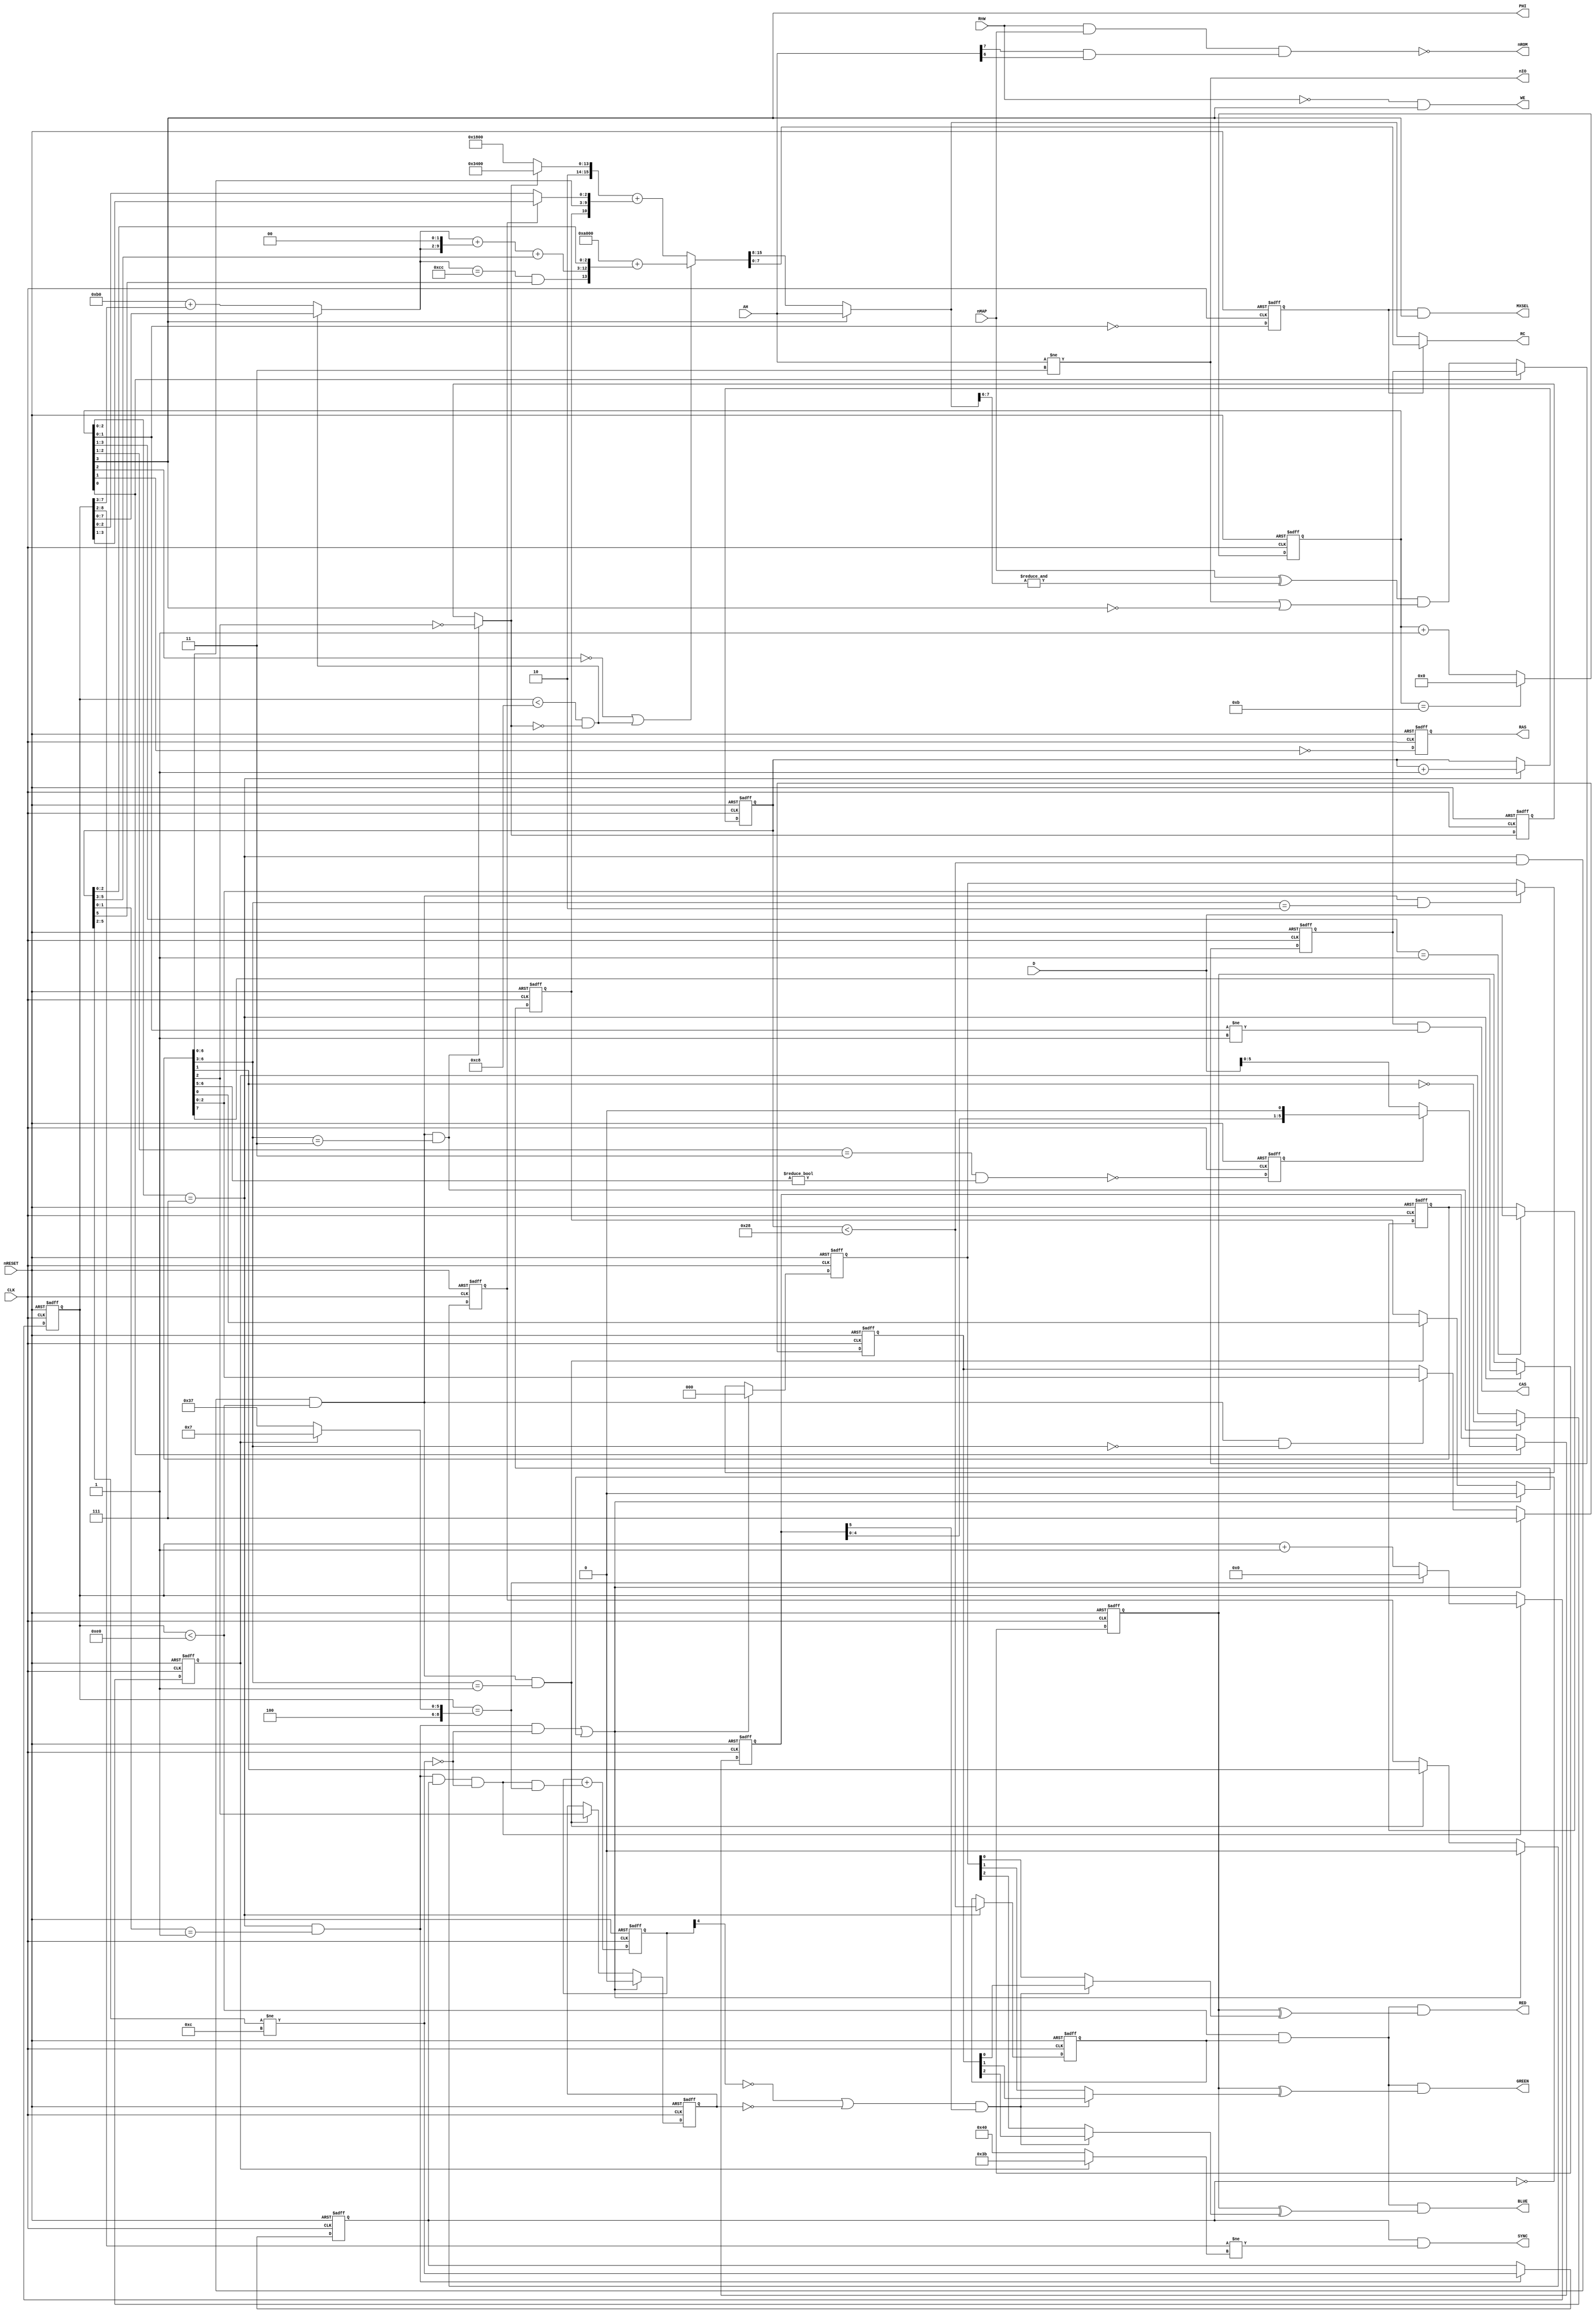
//----------------------------------------------------------------------------
//
//  Oric ULA
//
//  Copyright (c) 2023 Erik Persson
//
//----------------------------------------------------------------------------

module oric_ula
(
  input  wire       CLK,    // 12 MHz clock
  input  wire       nRESET, // Asynchronous reset
  input  wire [7:0] AH,     // Address bits 15:8 from 6502
  input  wire [7:0] D,      // Data bus
  input  wire       RnW,    // 6502 read signal indicator
  input  wire       nMAP,   // From expansion bus
  output wire [7:0] RC,     // Row/column address to 4164 RAMs
  output wire       MXSEL,  // DRAM mux select
  output wire       nROM,   // ROM chip select
  output wire       PHI,    // Output clock
  output wire       CAS,    // DRAM Column Access Strobe, active high
  output wire       RAS,    // DRAM Row Access Strobe, active high
  output wire       WE,     // DRAM Write Enable, active high
  output wire       nIO,    // 6522 chip select
  output wire       SYNC,   // Composite sync signal
  output wire       RED,    // Red video output
  output wire       GREEN,  // Green video output
  output wire       BLUE    // Blue video output
);

  // Counters
  reg  [3:0]  rg_cnt;
  reg  [5:0]  rg_hcnt;
  reg         rg_hsync;
  reg  [8:0]  rg_vcnt;
  reg  [4:0]  rg_fcnt;
  wire        nx_hsync;
  wire        en_hsync;
  wire        en_hcnt;
  wire        en_vcnt;
  wire        vcnt_wrap;
  wire        vsync;

  // Memory addressing
  reg         rg_alow;
  reg         rg_ras;
  reg         rg_casa;
  wire        hires_line;
  wire        nx_casa;
  wire        en_casa;
  wire [7:0]  row;
  wire        overflow;
  wire [15:0] a_dma0;
  wire [15:0] a_dma1;
  wire [15:0] a_dma;
  wire [7:0]  ah_out;

  // Data capture
  reg  [7:0]  rg_dbuf;
  reg  [5:0]  rg_shift;
  reg         rg_sload_n;
  wire [7:0]  nx_dbuf;
  wire        en_dbuf;
  wire        nx_sload_n;
  wire [5:0]  nx_shift;

  // Video
  reg         rg_mode_60hz;
  reg         rg_mode_text;
  reg         rg_attr_alt;
  reg         rg_attr_tall;
  reg         rg_attr_blink;
  reg  [2:0]  rg_ink;
  reg  [2:0]  rg_paper;
  reg         rg_invert;
  reg         rg_hactive;
  wire        en_ctrl;
  wire        en_mode;
  wire        nx_mode_60hz;
  wire        nx_mode_text;
  wire        en_attr;
  wire        en_ink;
  wire        en_paper;
  wire        attr_reset;
  wire        nx_attr_alt;
  wire        nx_attr_tall;
  wire        nx_attr_blink;
  wire [2:0]  nx_ink;
  wire [2:0]  nx_paper;
  wire        nx_invert;
  wire        hactive;
  wire        vactive;
  wire        active;
  wire        nx_hactive;
  wire        blink_pixel;

  //--------------------------------------------------------------------------
  // Counters
  //--------------------------------------------------------------------------

  assign en_hcnt   = rg_cnt[2:0] == 3'd7;
  assign en_hsync  = en_hcnt && rg_hcnt[1:0] == 2'd1; // opposite phase wrt rg_hcnt[2]
  assign nx_hsync  = rg_hcnt[5:2] != 4'b1100;
  assign en_vcnt   = en_hsync && rg_hsync && !nx_hsync;
  assign vcnt_wrap = rg_vcnt == (rg_mode_60hz ? 9'd263 : 9'd311);
  assign vsync     = rg_vcnt[8:2] != (rg_mode_60hz ? 7'd59 : 7'd64);

  always @(posedge CLK or negedge nRESET)
    if (!nRESET) begin
      rg_cnt   <= 4'b0;
      rg_hcnt  <= 6'd0;
      rg_hsync <= 1'b0;
      rg_vcnt  <= 9'd0;
      rg_fcnt  <= 5'd1;
    end else begin
      rg_cnt   <= rg_cnt == 4'd11 ? 4'd0 : rg_cnt + 1'b1;
      rg_hcnt  <= en_hcnt ? rg_hcnt + 1'b1 : rg_hcnt;
      rg_hsync <= en_hsync ? nx_hsync : rg_hsync;
      rg_vcnt  <= !en_vcnt ? rg_vcnt :
                  vcnt_wrap ? 9'd0 :
                  rg_vcnt + 1'b1;
      rg_fcnt  <= rg_fcnt + (en_vcnt && vcnt_wrap);
    end

  //--------------------------------------------------------------------------
  // Memory addressing
  //--------------------------------------------------------------------------

  assign hires_line = rg_vcnt < 9'd200 && !nx_mode_text;

  assign row = hires_line ? rg_vcnt[7:0] : 8'hb0 + rg_vcnt[7:3];

  // Condition for when DMA address 0 overflows from 0xbfff to 0xc000
  // Occurs on rg_vcnt[7:3]=28 (just off screen), last 8 char cols
  assign overflow = row==8'd204 && rg_hcnt[5];

  // DMA address 0
  assign a_dma0 =
    16'ha000 +
    { overflow,
      { {2'b00,row[7:0]} + {row[7:0],2'b00} + rg_hcnt[5:3]},
      rg_hcnt[2:0]
    };

  // DMA address 1
  assign a_dma1 =
    (nx_mode_text ? 16'hb400 : 16'h9800) +
    { rg_attr_alt,
      rg_dbuf[6:0],
      (rg_attr_tall? rg_vcnt[3:1] : rg_vcnt[2:0])
    };

  assign a_dma  = (!rg_cnt[2] || hires_line) ? a_dma0 : a_dma1;
  assign ah_out = rg_cnt[3] ? AH : a_dma[15:8];
  assign RC     = rg_alow   ? a_dma[7:0] : ah_out;

  assign nx_casa = (nMAP ^ (&ah_out[7:6])) && (nIO || !rg_cnt[3]);
  assign en_casa = !rg_cnt[0];

  always @(posedge CLK or negedge nRESET)
    if (!nRESET) begin
      rg_ras  <= 1'b1;
      rg_casa <= 1'b0;
    end else begin
      rg_ras  <= !rg_cnt[1];
      rg_casa <= en_casa ? nx_casa : rg_casa;
    end

  // The only occurrence of neg edge CLK so far
  // Because of our reset and clock sequence the corresponding
  // flip flop in the extracted reference picks up the value 1,
  // we mimic that here by resetting to 1.
  always @(negedge CLK or negedge nRESET) // Neg edge
    if (!nRESET) begin
      rg_alow <= 1'b1;
    end else begin
      rg_alow <= rg_cnt[1:0] == 2'b00;
    end

  assign PHI   = rg_cnt[3];
  assign RAS   = rg_ras;
  assign CAS   = rg_casa && rg_cnt[1:0] != 2'b01;
  assign WE    = !RnW && rg_cnt[3];
  assign MXSEL = rg_alow && rg_cnt[3];
  assign nROM  = !(RnW && nMAP && AH[7] & AH[6]);
  assign nIO   = AH != 8'h03;

  //--------------------------------------------------------------------------
  // Data capture
  //--------------------------------------------------------------------------

  // Data latch enable
  assign en_dbuf = rg_cnt[3:1] == 3'b001;
  assign nx_dbuf = en_dbuf ? D : rg_dbuf;

  // Shift register
  assign nx_sload_n = !(rg_cnt[2:1]==2'b11 && rg_dbuf[6:5]!=2'b00);
  assign nx_shift   = !rg_cnt[0]  ? rg_shift :
                      rg_sload_n  ? {rg_shift[4:0],1'b0} :
                      D[5:0];


  always @(posedge CLK or negedge nRESET)
    if (!nRESET) begin
      rg_dbuf       <= 8'b0;
      rg_sload_n    <= 1'b0;
      rg_shift      <= 6'b0;
    end else begin
      rg_dbuf       <= nx_dbuf;
      rg_sload_n    <= nx_sload_n;
      rg_shift      <= nx_shift;
    end

  //--------------------------------------------------------------------------
  // Video
  //--------------------------------------------------------------------------

  assign hactive = rg_hcnt < 6'd40;
  assign vactive = rg_vcnt < 9'd224;

  // Control code decoding
  assign en_ctrl  = rg_cnt[2:0] == 3'b111 && hactive && vactive;
  assign en_mode  = en_ctrl && rg_dbuf[6:3] == 4'b0011;
  assign en_attr  = en_ctrl && rg_dbuf[6:3] == 4'b0001;
  assign en_ink   = en_ctrl && rg_dbuf[6:3] == 4'b0000;
  assign en_paper = en_ctrl && rg_dbuf[6:3] == 4'b0010;

  assign nx_mode_60hz = en_mode ? !rg_dbuf[1] : rg_mode_60hz;
  assign nx_mode_text = en_mode ? !rg_dbuf[2] : rg_mode_text;

  assign attr_reset    = (en_hsync && !nx_hsync) || !rg_hsync;
  assign nx_attr_alt   = attr_reset ? 1'b0 : en_attr ? rg_dbuf[0] : rg_attr_alt;
  assign nx_attr_tall  = attr_reset ? 1'b0 : en_attr ? rg_dbuf[1] : rg_attr_tall;
  assign nx_attr_blink = attr_reset ? 1'b0 : en_attr ? rg_dbuf[2] : rg_attr_blink;

  assign nx_ink     = attr_reset ? 3'd7 : en_ink   ? rg_dbuf[2:0] : rg_ink;
  assign nx_paper   = attr_reset ? 3'd0 : en_paper ? rg_dbuf[2:0] : rg_paper;

  assign nx_invert  = rg_cnt[2:0] == 3'b111 ? rg_dbuf[7] : rg_invert;
  assign nx_hactive = rg_cnt[2:0] == 3'b111 ? hactive : rg_hactive;

  always @(posedge CLK or negedge nRESET)
    if (!nRESET) begin
      rg_mode_60hz  <= 1'b0;
      rg_mode_text  <= 1'b0;
      rg_attr_alt   <= 1'b0;
      rg_attr_tall  <= 1'b0;
      rg_attr_blink <= 1'b0;
      rg_ink        <= 3'd0;
      rg_paper      <= 3'd0;
      rg_invert     <= 1'b0;
      rg_hactive    <= 1'b0;
    end else begin
      rg_mode_60hz  <= nx_mode_60hz;
      rg_mode_text  <= nx_mode_text;
      rg_attr_alt   <= nx_attr_alt;
      rg_attr_tall  <= nx_attr_tall;
      rg_attr_blink <= nx_attr_blink;
      rg_ink        <= nx_ink;
      rg_paper      <= nx_paper;
      rg_invert     <= nx_invert;
      rg_hactive    <= nx_hactive;
    end

  assign active      = vactive && rg_hactive;
  assign blink_pixel = (!rg_fcnt[4] || !rg_attr_blink) && rg_shift[5];

  assign SYNC  = rg_hsync && vsync;
  assign RED   = active && (rg_invert ^ (blink_pixel ? rg_ink[0] : rg_paper[0]));
  assign GREEN = active && (rg_invert ^ (blink_pixel ? rg_ink[1] : rg_paper[1]));
  assign BLUE  = active && (rg_invert ^ (blink_pixel ? rg_ink[2] : rg_paper[2]));

endmodule